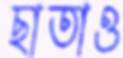
ছাতাও